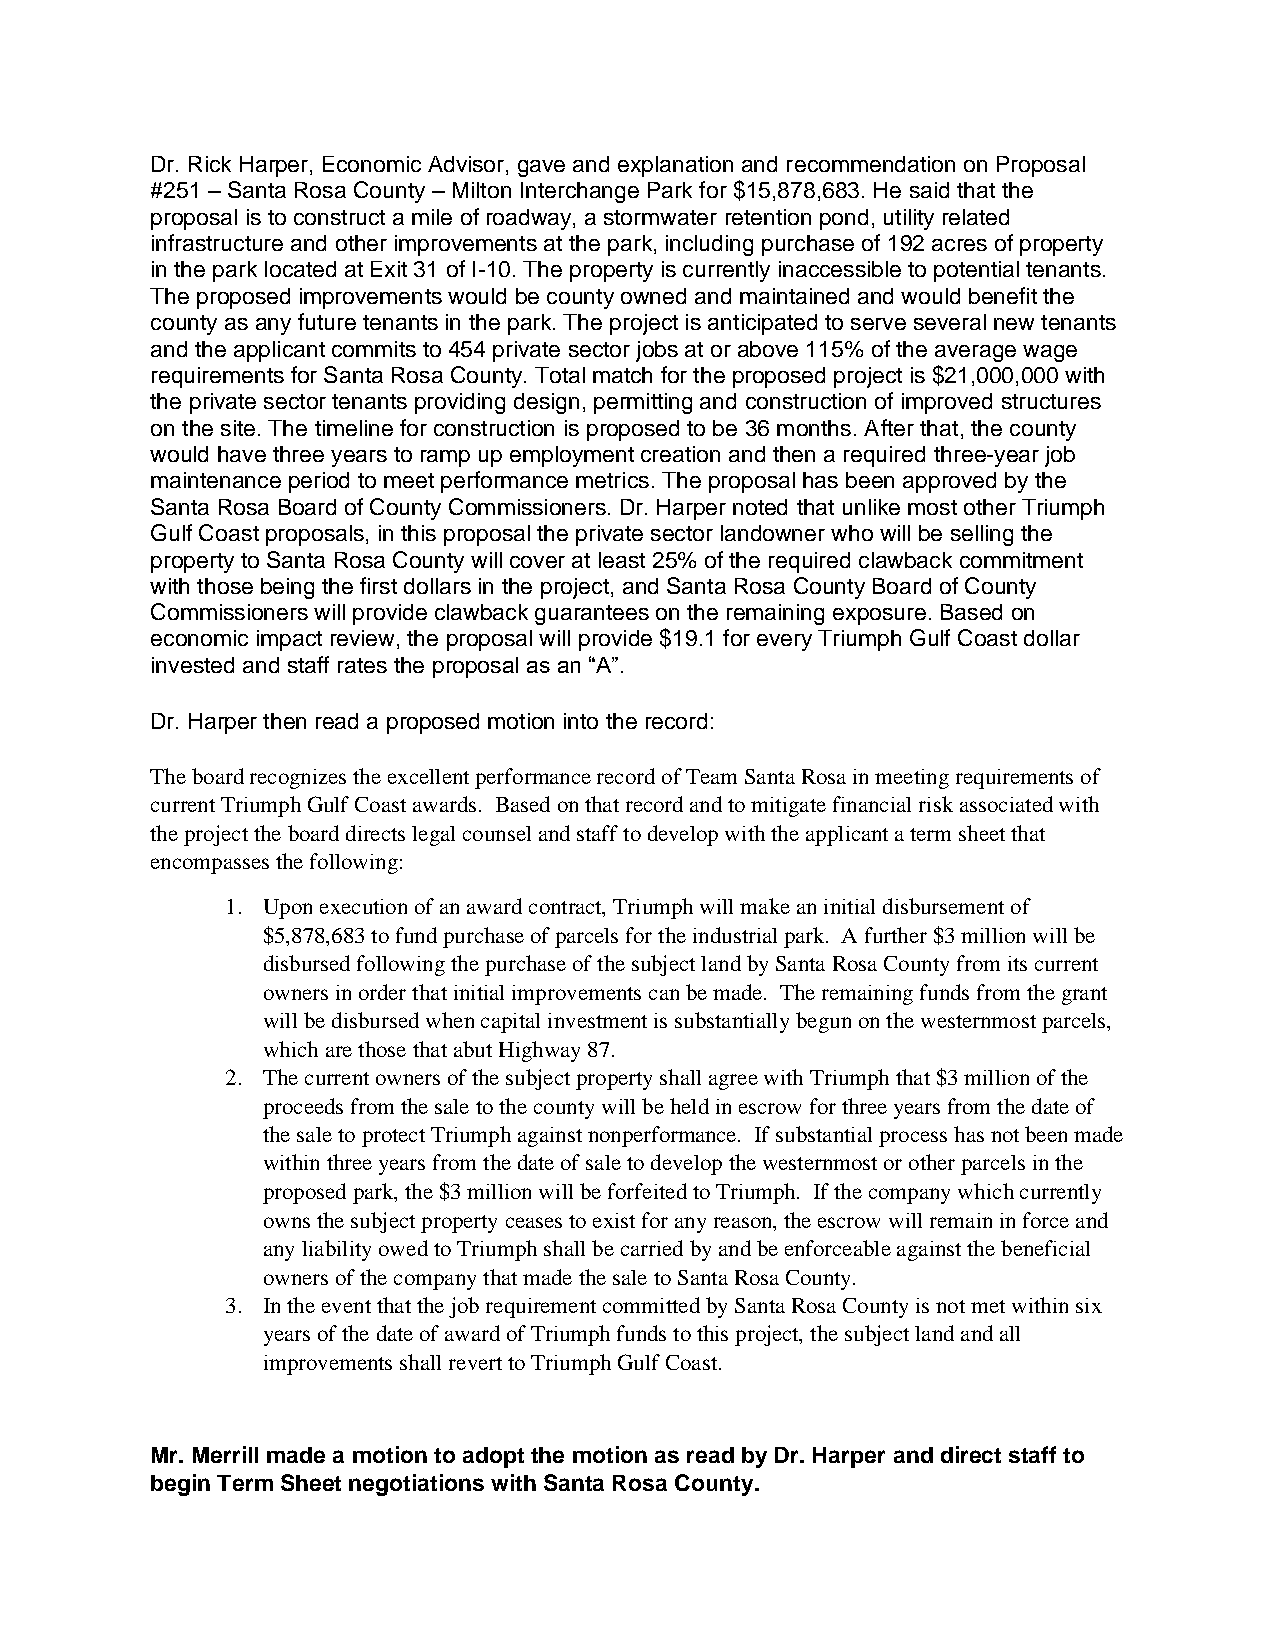
Dr. Rick Harper, Economic Advisor, gave and explanation and recommendation on Proposal
 #251 – Santa Rosa County – Milton Interchange Park for $15,878,683. He said that the
 proposal is to construct a mile of roadway, a stormwater retention pond, utility related
 infrastructure and other improvements at the park, including purchase of 192 acres of property
 in the park located at Exit 31 of I-10. The property is currently inaccessible to potential tenants.
 The proposed improvements would be county owned and maintained and would benefit the
 county as any future tenants in the park. The project is anticipated to serve several new tenants
 and the applicant commits to 454 private sector jobs at or above 115% of the average wage
 requirements for Santa Rosa County. Total match for the proposed project is $21,000,000 with
 the private sector tenants providing design, permitting and construction of improved structures
 on the site. The timeline for construction is proposed to be 36 months. After that, the county
 would have three years to ramp up employment creation and then a required three-year job
 maintenance period to meet performance metrics. The proposal has been approved by the
 Santa Rosa Board of County Commissioners. Dr. Harper noted that unlike most other Triumph
 Gulf Coast proposals, in this proposal the private sector landowner who will be selling the
 property to Santa Rosa County will cover at least 25% of the required clawback commitment
 with those being the first dollars in the project, and Santa Rosa County Board of County
 Commissioners will provide clawback guarantees on the remaining exposure. Based on
 economic impact review, the proposal will provide $19.1 for every Triumph Gulf Coast dollar
 invested and staff rates the proposal as an “A”.
 Dr. Harper then read a proposed motion into the record:
 The board recognizes the excellent performance record of Team Santa Rosa in meeting requirements of
 current Triumph Gulf Coast awards. Based on that record and to mitigate financial risk associated with
 the project the board directs legal counsel and staff to develop with the applicant a term sheet that
 encompasses the following:
 1. Upon execution of an award contract, Triumph will make an initial disbursement of
 $5,878,683 to fund purchase of parcels for the industrial park. A further $3 million will be
 disbursed following the purchase of the subject land by Santa Rosa County from its current
 owners in order that initial improvements can be made. The remaining funds from the grant
 will be disbursed when capital investment is substantially begun on the westernmost parcels,
 which are those that abut Highway 87.
 2. The current owners of the subject property shall agree with Triumph that $3 million of the
 proceeds from the sale to the county will be held in escrow for three years from the date of
 the sale to protect Triumph against nonperformance. If substantial process has not been made
 within three years from the date of sale to develop the westernmost or other parcels in the
 proposed park, the $3 million will be forfeited to Triumph. If the company which currently
 owns the subject property ceases to exist for any reason, the escrow will remain in force and
 any liability owed to Triumph shall be carried by and be enforceable against the beneficial
 owners of the company that made the sale to Santa Rosa County.
 3. In the event that the job requirement committed by Santa Rosa County is not met within six
 years of the date of award of Triumph funds to this project, the subject land and all
 improvements shall revert to Triumph Gulf Coast.
 Mr. Merrill made a motion to adopt the motion as read by Dr. Harper and direct staff to
 begin Term Sheet negotiations with Santa Rosa County.